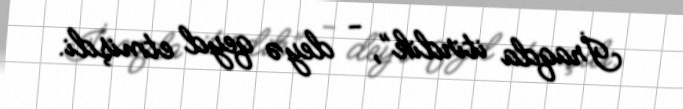
İraqda itirdik”, - deyə qeyd etmişdi.